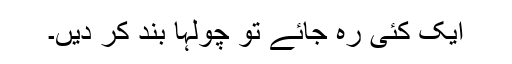
ایک کئی رہ جائے تو چولہا بند کر دیں۔